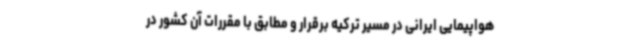
هواپیمایی ایرانی در مسیر ترکیه برقرار و مطابق با مقررات آن کشور در